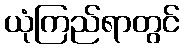
ယုံကြည်ရာတွင်